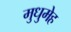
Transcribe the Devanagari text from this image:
मुधुमेह